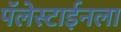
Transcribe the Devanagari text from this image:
पॅलेस्टाईनला